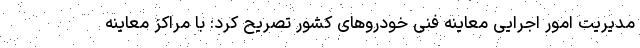
مدیریت امور اجرایی معاینه فنی خودروهای کشور تصریح کرد: با مراکز معاینه